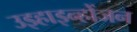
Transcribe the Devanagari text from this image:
उइहाइन्होंजन